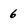
Character: 6